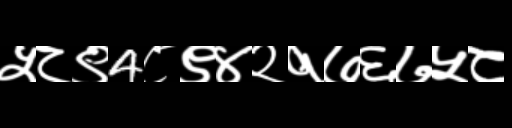
Text: ५८९4८९४२१७६७५८